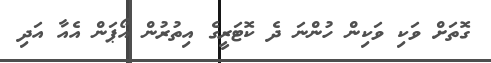
ގޮތަށް ވަކި ވަކިން ހުންނަ ދެ ކޮޓަރީގެ އިތުރުން އޯޕަން އެއާ އަދި